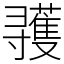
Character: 彟